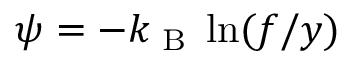
\psi = - k _ { \textrm { B } } \ln ( f / y )